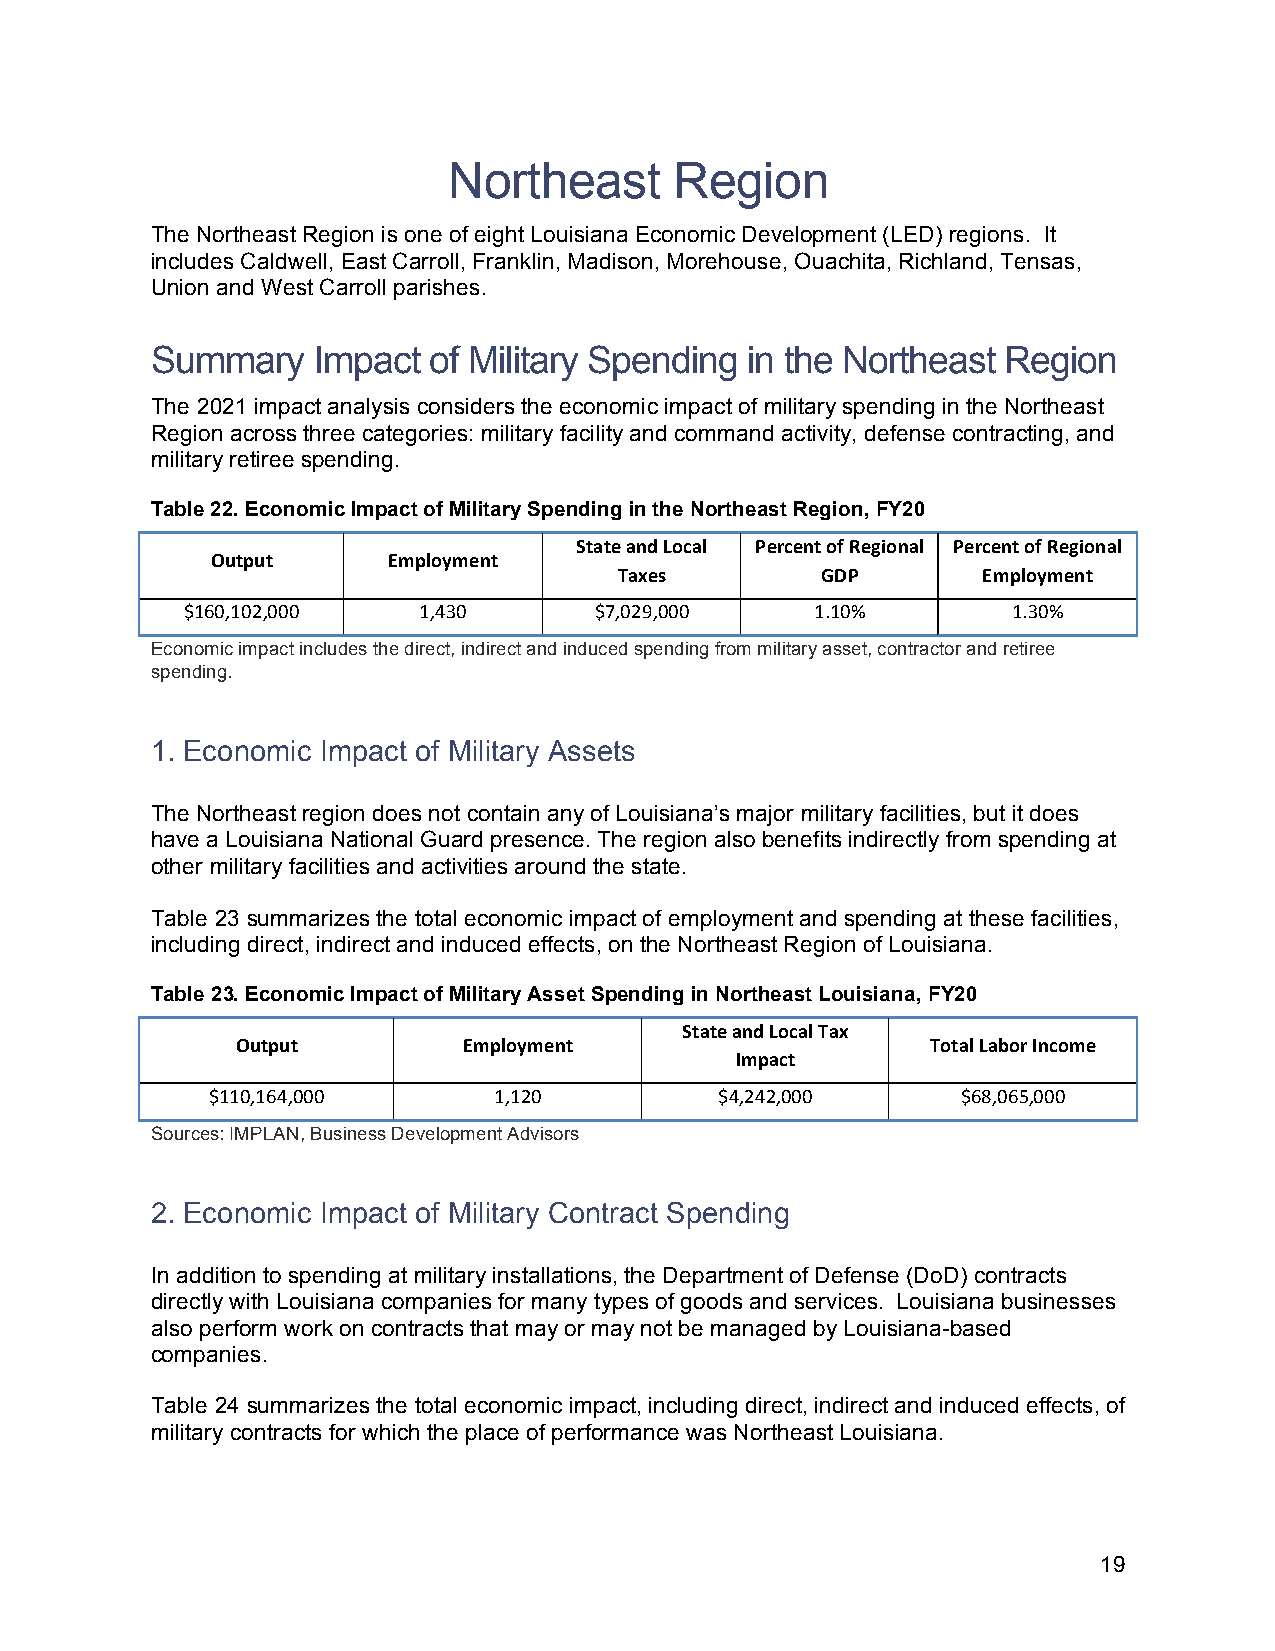
Northeast      Region
 The Northeast Region is one of eight Louisiana Economic Development (LED) regions. It
 includes Caldwell, East Carroll, Franklin, Madison, Morehouse, Ouachita, Richland, Tensas,
 Union and West Carroll parishes.
 Summary    Impact of Military Spending in the Northeast  Region
 The 2021 impact analysis considers the economic impact of military spending in the Northeast
 Region across three categories: military facility and command activity, defense contracting, and
 military retiree spending.
 Table 22. Economic Impact of Military Spending in the Northeast Region, FY20
 State and Local Percent of Regional Percent of Regional
 Output      Employment
 Taxes        GDP        Employment
 $160,102,000    1,430      $7,029,000     1.10%        1.30%
 Economic impact includes the direct, indirect and induced spending from military asset, contractor and retiree
 spending.
 1. Economic Impact of Military Assets
 The Northeast region does not contain any of Louisiana’s major military facilities, but it does
 have a Louisiana National Guard presence. The region also benefits indirectly from spending at
 other military facilities and activities around the state.
 Table 23 summarizes the total economic impact of employment and spending at these facilities,
 including direct, indirect and induced effects, on the Northeast Region of Louisiana.
 Table 23. Economic Impact of Military Asset Spending in Northeast Louisiana, FY20
 State and Local Tax
 Output         Employment                     Total Labor Income
 Impact
 $110,164,000       1,120          $4,242,000      $68,065,000
 Sources: IMPLAN, Business Development Advisors
 2. Economic Impact of Military Contract Spending
 In addition to spending at military installations, the Department of Defense (DoD) contracts
 directly with Louisiana companies for many types of goods and services. Louisiana businesses
 also perform work on contracts that may or may not be managed by Louisiana-based
 companies.
 Table 24 summarizes the total economic impact, including direct, indirect and induced effects, of
 military contracts for which the place of performance was Northeast Louisiana.
 19